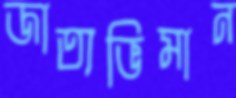
জাত্যভিমান